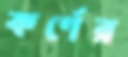
কর্ণের